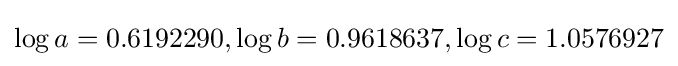
\log a=0.6192290,\log b=0.9618637,\log c=1.0576927